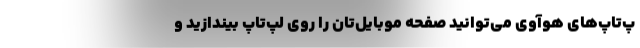
پ‌تاپ‌های هوآوی می‌توانید صفحه موبایل‌تان را روی لپ‌تاپ بیندازید و